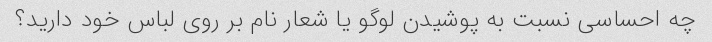
چه احساسی نسبت به پوشیدن لوگو یا شعار نام بر روی لباس خود دارید؟